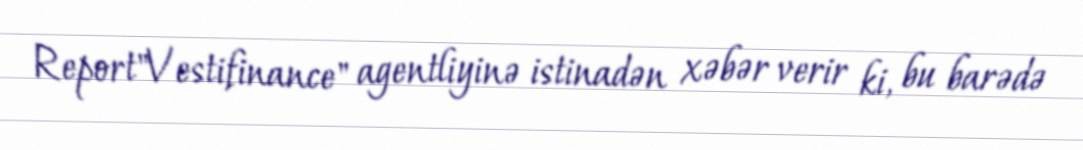
Report"Vestifinance" agentliyinə istinadən xəbər verir ki, bu barədə